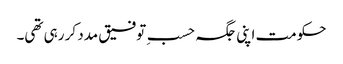
حکومت اپنی جگہ حسبِ توفیق مدد کر رہی تھی۔